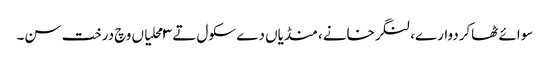
سوائے ٹھاکردوارے، لنگرخانے، منڈیاں دے سکول تے ٣ محلیاں وچ درخت سن۔